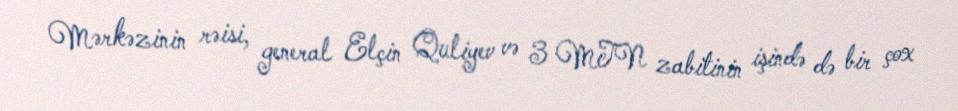
Mərkəzinin rəisi, general Elçin Quliyev və 3 MTN zabitinin işində də bir çox